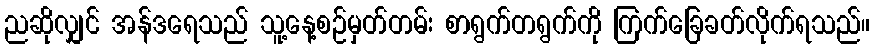
ညဆိုလျှင် အန်ဒရေသည် သူ့နေ့စဉ်မှတ်တမ်း စာရွက်တရွက်ကို ကြက်ခြေခတ်လိုက်ရသည်။